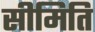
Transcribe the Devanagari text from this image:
सीमिति